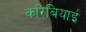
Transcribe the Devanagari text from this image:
करिबियाई